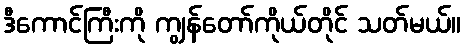
ဒီကောင်ကြီးကို ကျွန်တော်ကိုယ်တိုင် သတ်မယ်။